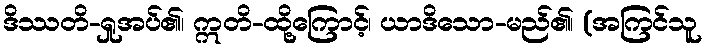
ဒိဿတိ-ရှုအပ်၏၊ ဣတိ-ထို့ကြောင့်၊ ယာဒိသော-မည်၏၊ (အကြင်သူ